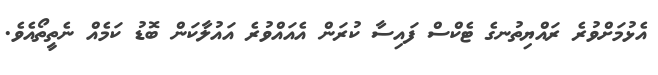
އެޅުމަށްވުރެ ރައްޔިތުނގެ ޓެކްސް ފައިސާ ކުރަން އެއައްވުރެ އައުލާކަން ބޮޑު ކަމެއް ނެތީތޯއެވެ.